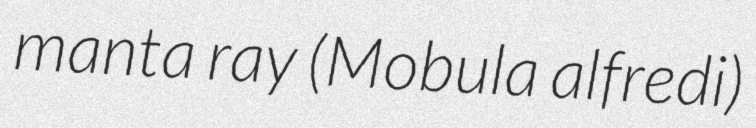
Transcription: manta ray (Mobula alfredi)